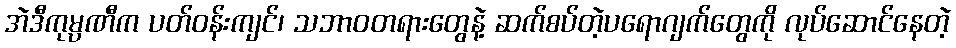
အဲဒီကုမ္ပဏီက ပတ်ဝန်းကျင်၊ သဘာဝတရားတွေနဲ့ ဆက်စပ်တဲ့ပရောဂျက်တွေကို လုပ်ဆောင်နေတဲ့